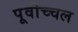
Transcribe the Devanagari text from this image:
पूर्वोच्चल